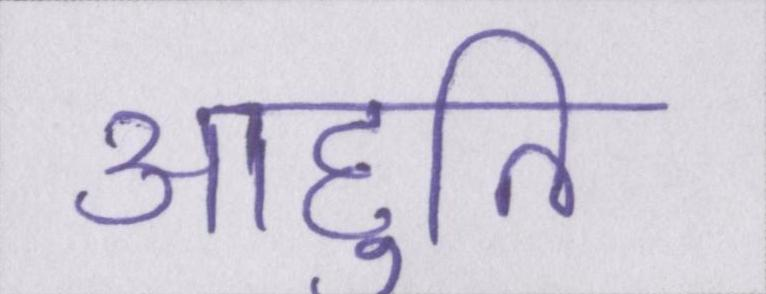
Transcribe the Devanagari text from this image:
आहुति